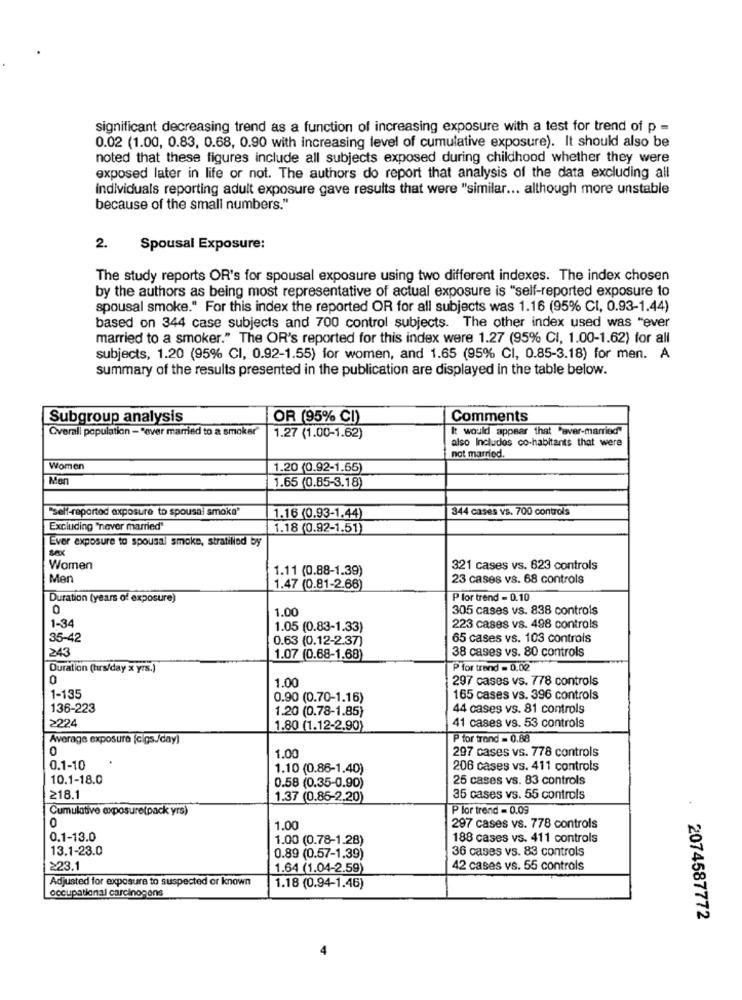
significant decreasing trend as a function of increasing exposure with a test for trend of p =
0.02 (1.00, 0.83, 0.68, 0.90 with increasing level of cumulative exposure). It should also be
noted that these figures include all subjects exposed during childhood whether they were
exposed later in life or not. The authors do report that analysis of the data excluding all
individuals reporting adult exposure gave results that were "similar ... although more unstable
because of the small numbers."
2.
Spousal Exposure:
The study reports OR's for spousal exposure using two different indexes. The index chosen
by the authors as being most representative of actual exposure is "self-reported exposure to
spousal smoke." For this index the reported OR for all subjects was 1.16 (95% CI, 0.93-1.44)
based on 344 case subjects and 700 control subjects. The other index used was "ever
married to a smoker." The OR's reported for this index were 1.27 (95% CI, 1.00-1.62) for all
subjects, 1.20 (95% CI, 0.92-1.55) for women, and 1.65 (95% CI, 0.85-3.18) for men. A
summary of the results presented in the publication are displayed in the table below.
Subgroup analysis
OR (95% CI)
Comments
Overall population - "ever married to a smoker"
It would appear that "aver-married"
1.27 (1.00-1.62)
also Includes co-habitants that were
not married.
Women
1.20 (0.92-1.65)
Mon
1.65 (0.85-3.18)
"self-reported exposure to spousal smoka'
344 cases vs. 700 controls
1.16 (0.93-1.44)
Excluding "never married"
1.18 (0.92-1.51)
Ever exposure to spousal smoke, stratilled by
Women
1.11 (0.88-1.39)
321 cases vs. 623 controls
Men
23 cases vs. 68 controls
1.47 (0.81-2.66)
Duration (years of exposure)
P lor trend - 0.10
0
1.00
305 cases vs. 838 controls
1-34
1.05 (0.83-1.33)
223 cases vs. 498 controls
35-42
0.63 (0.12-2.37)
65 cases vs. 103 controls
243
38 cases vs. 80 controls
1.07 (0.68-1.68)
Duration (tirs/day x yrs.)
P for trand = 0.02
0
1.00
297 cases vs. 778 controls
1-135
0.90 (0.70-1.16)
165 cases vs. 396 controls
136-223
1.20 (0.78-1.85)
44 cases vs. 81 controls
≥224
1.80 (1.12-2.90)
41 cases vs. 53 controls
Average exposure (cigs./day)
P for trond = 0.68
0
1.00
297 cases vs. 778 controls
0.1-10
1.10 (0.86-1.40)
206 cases vs. 411 controls
10.1-18.0
0.58 (0.35-0.90)
25 cases vs. 83 controls
218.1
1.37 (0.85-2,20)
35 cases vs. 55 controls
Cumulative exposure(pack yrs)
P lor trend = 0.09
0
1.00
297 cases vs. 778 controls
0.1-13.0
1.00 (0.78-1.28)
188 cases vs. 411 controls
13.1-23.0
36 cases vs. 83 controls
0.89 (0.57-1.39)
≥23.1
1.64 (1.04-2.59)
42 cases vs. 55 controls
Adjusted for exposure to suspected or known
occupational carcinogens
1.18 (0.94-1.46)
2074587772